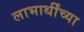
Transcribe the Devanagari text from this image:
लाभार्थींच्या